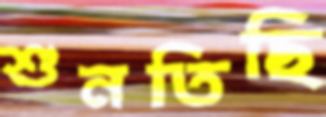
শুনতিছি